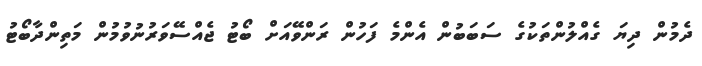
ދެމުން ދިޔަ ގެއްލުންތަކުގެ ސަބަބުން އެންމެ ފަހުން ރަންވޭއަށް ބޯޓު ޖެއްސޭވަރުނުވުމުން މަތިންދާބޯޓު